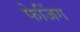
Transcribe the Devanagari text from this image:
फेजिंग